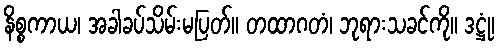
နိစ္စကာယ၊ အခါခပ်သိမ်းမပြတ်။ တထာဂတံ၊ ဘုရားသခင်ကို။ ဒဋ္ဌုံ၊